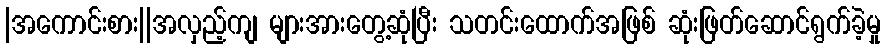
|အကောင်းစား||အလှည့်ကျ များအားတွေ့ဆုံပြီး သတင်းထောက်အဖြစ် ဆုံးဖြတ်ဆောင်ရွက်ခဲ့မှု